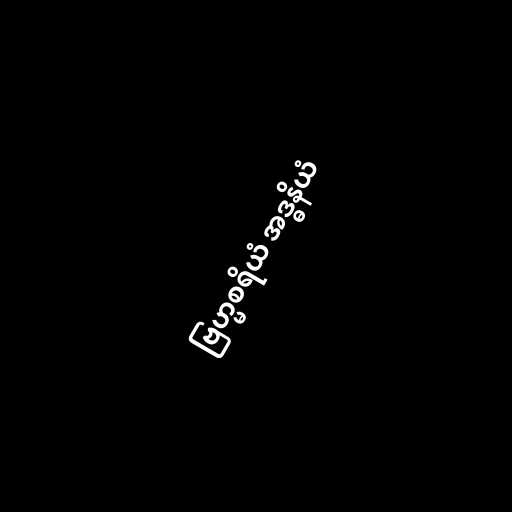
ဗြဟ္မစရိယံ အဒ္ဓနိယံ